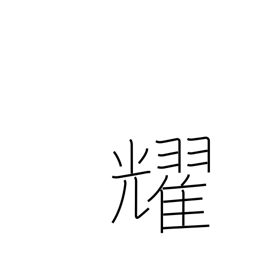
Meaning: sparkle